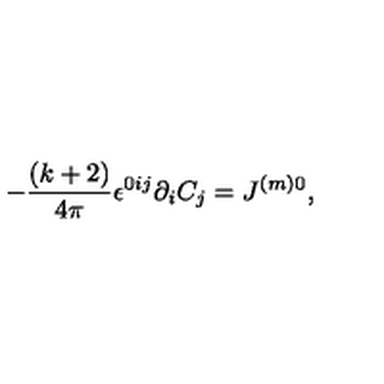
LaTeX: - \frac { ( k + 2 ) } { 4 \pi } \epsilon ^ { 0 i j } \partial _ { i } C _ { j } = J ^ { ( m ) 0 } ,